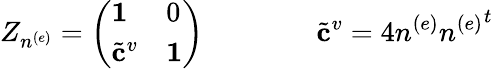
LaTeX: Z_{n^{(e)}}=\left(\begin{array}{ll}{{{\mathbf 1}}}&{{0}}\\ {{{{\tilde{\mathbf c}}^{v}}}}&{{{\mathbf 1}}}\end{array}\right)\qquad\qquad{\tilde{\mathbf c}}^{v}=4n^{(e)}{n^{(e)}}^{t}